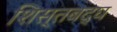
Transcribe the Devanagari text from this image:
शिस्तबद्घ